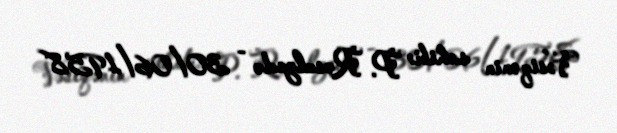
Vəsiqənin sahibi: P. Rəsulzadə - 30/06/1958